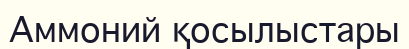
Аммоний қосылыстары